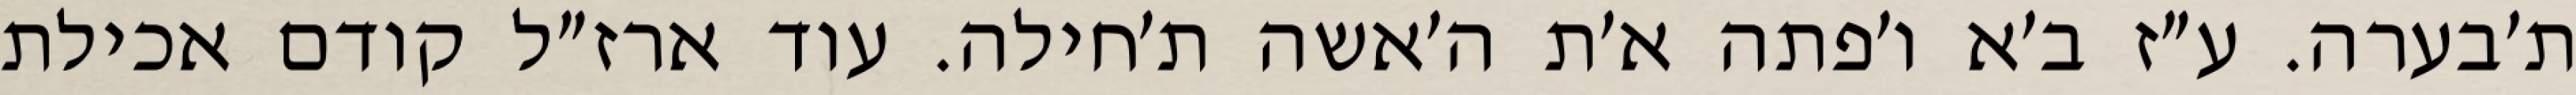
ת׳בערה. ע״ז ב׳א ו׳פתה א׳ת ה׳אשה ת׳חילה. עוד ארז״ל קודם אכילת